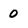
Character: 0